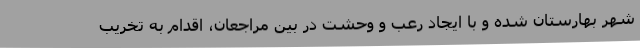
شهر بهارستان شده و با ایجاد رعب و وحشت در بین مراجعان، اقدام به تخریب